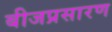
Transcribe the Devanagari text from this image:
बीजप्रसारण